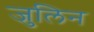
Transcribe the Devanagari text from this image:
जुलिन